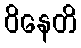
ဝိနေတိ